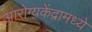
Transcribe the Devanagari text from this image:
आरोग्यकेंद्रामध्ये